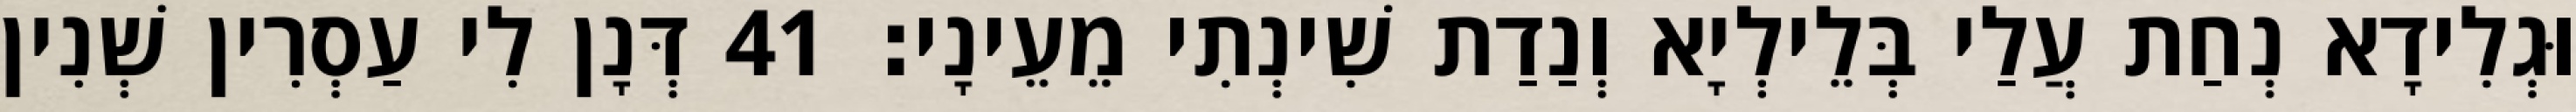
וּגְלִידָא נְחַת עֲלַי בְּלֵילְיָא וְנַדַת שִׁינְתִי מֵעֵינָי׃ 41 דְּנָן לִי עַסְרִין שְׁנִין